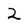
Character: 2